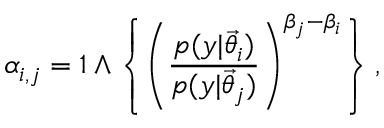
\alpha _ { i , j } = 1 \wedge \left\{ \left( \frac { p ( y | \ensuremath { \vec { \theta } } _ { i } ) } { p ( y | \ensuremath { \vec { \theta } } _ { j } ) } \right) ^ { \beta _ { j } - \beta _ { i } } \right\} ,